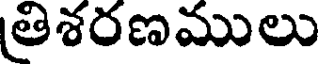
తిశరణములు